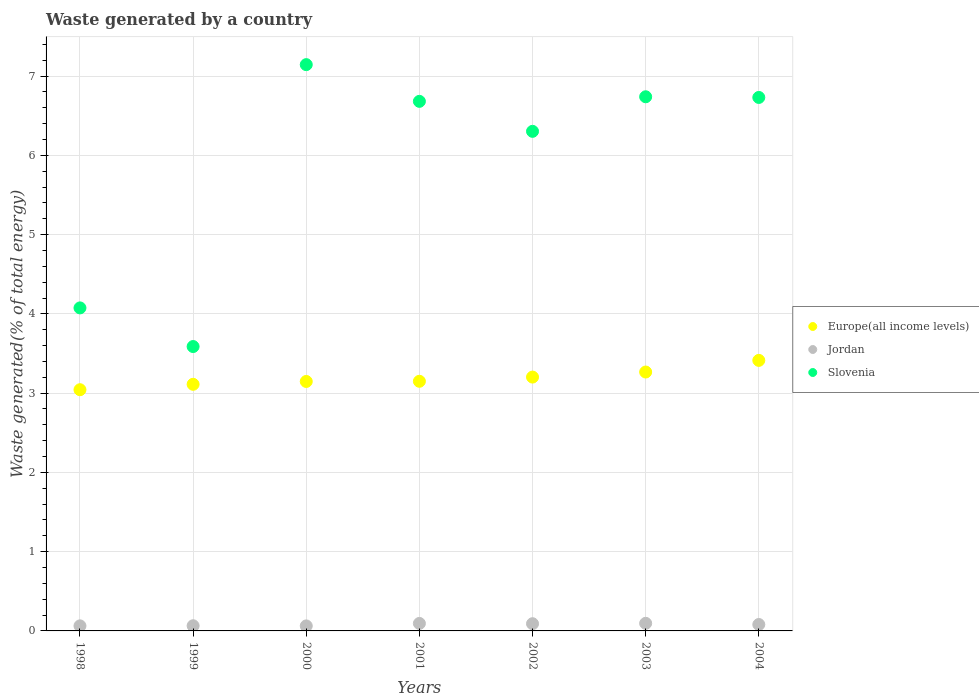
| Years | Europe(all income levels) | Jordan | Slovenia |
 | --- | --- | --- | --- |
 | 1998 | 3.04 | 0.0639 | 4.08 |
 | 1999 | 3.11 | 0.0651 | 3.59 |
 | 2000 | 3.15 | 0.0632 | 7.14 |
 | 2001 | 3.15 | 0.0946 | 6.68 |
 | 2002 | 3.2 | 0.091 | 6.3 |
 | 2003 | 3.27 | 0.0959 | 6.74 |
 | 2004 | 3.41 | 0.0809 | 6.73 |